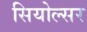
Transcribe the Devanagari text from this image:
सियोल्सर